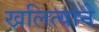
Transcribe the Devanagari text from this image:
खलित्याने